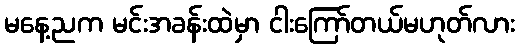
မနေ့ညက မင်းအခန်းထဲမှာ ငါးကြော်တယ်မဟုတ်လား